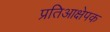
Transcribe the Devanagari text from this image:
प्रतिआक्षेपक